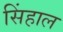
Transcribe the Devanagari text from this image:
सिंहाल